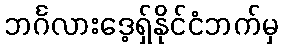
ဘင်္ဂလားဒေ့ရှ်နိုင်ငံဘက်မှ